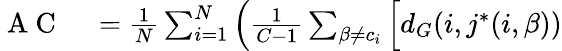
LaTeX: \begin{array}{rl}{\mathrm{~A~C~}}&{{}=\frac{1}{N}\sum_{i=1}^{N}\Big(\frac{1}{C-1}\sum_{\beta\neq c_{i}}\Big[d_{G}(i,j^{\ast}(i,\beta))}\end{array}